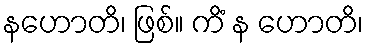
နဟောတိ၊ ဖြစ်။ ကိံ န ဟောတိ၊